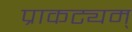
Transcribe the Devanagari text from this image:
प्राकट्यम्